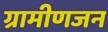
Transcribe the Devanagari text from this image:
ग्रामीणजन